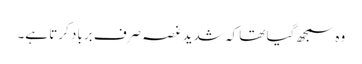
وہ سمجھ گیا تھا کہ شدید غصہ صرف برباد کرتا ہے۔